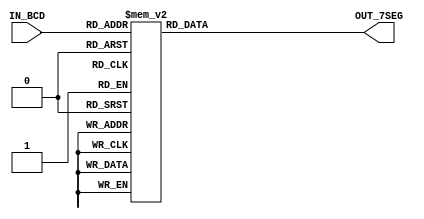
module BCD_TO_7SEG (
	input[3:0] IN_BCD,
	output reg[6:0] OUT_7SEG
);
	
	always @ (*)
	case(IN_BCD) //a b c d e f g 
		4'b0000: OUT_7SEG = 7'b0000001;
		4'b0001: OUT_7SEG = 7'b1001111;
		4'b0010: OUT_7SEG = 7'b0010010;
		4'b0011: OUT_7SEG = 7'b0000110;
		4'b0100: OUT_7SEG = 7'b1001100;
		4'b0101: OUT_7SEG = 7'b0100100;
		4'b0110: OUT_7SEG = 7'b0100000;
		4'b0111: OUT_7SEG = 7'b0001101;
		4'b1000: OUT_7SEG = 7'b0000000;
		4'b1001: OUT_7SEG = 7'b0000100;
		default: OUT_7SEG = 7'b0000001;
	endcase
	
endmodule